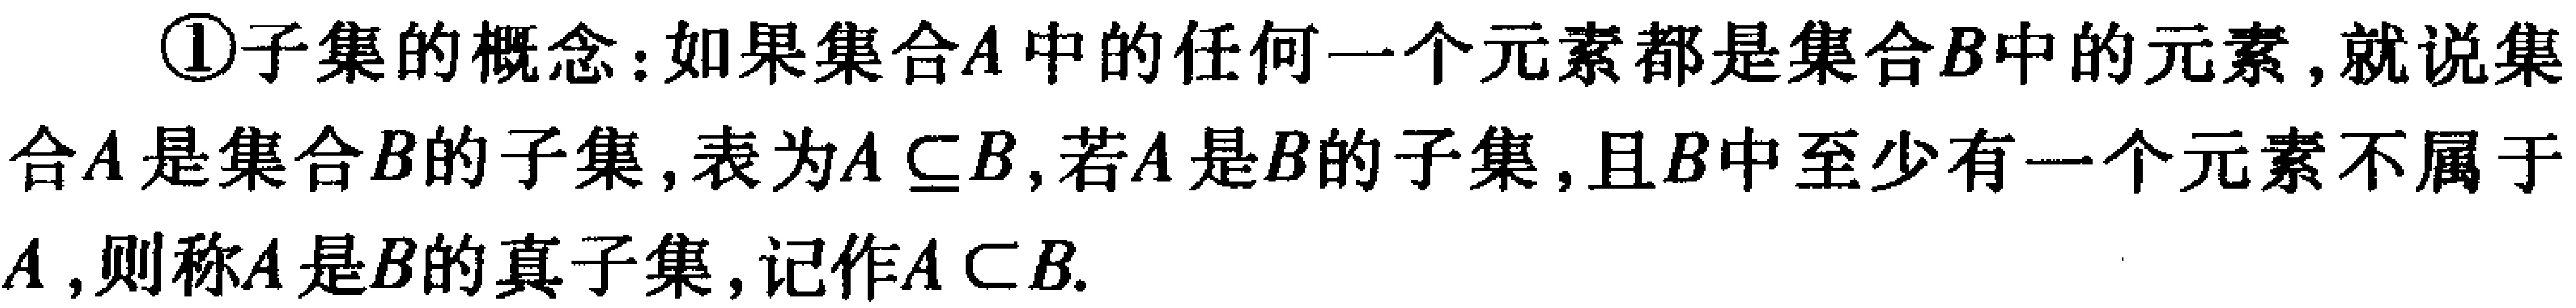
\textcircled{1}子集的概念：如果集合\(A\)中的任何一个元素都是集合\(B\)中的元素,就说集合\(A\)是集合\(B\)的子集,表为\(A\subseteq B\),若\(A\)是\(B\)的子集,且\(B\)中至少有一个元素不属于\(A\),则称\(A\)是\(B\)的真子集,记作\(A\subset B\).